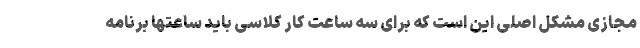
مجازی مشکل اصلی این است که برای سه ساعت کار کلاسی باید ساعتها برنامه